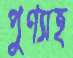
পুণ্যাহ